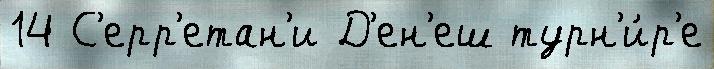
14 С'ерр'етан'и Д'ен'еш турн'и́р'е